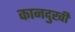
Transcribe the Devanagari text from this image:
कानदुखी